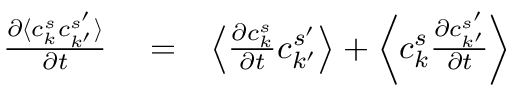
\begin{array} { r l r } { \frac { \partial \langle c _ { k } ^ { s } c _ { k ^ { \prime } } ^ { s ^ { \prime } } \rangle } { \partial t } } & { { } = } & { \left\langle \frac { \partial c _ { k } ^ { s } } { \partial t } c _ { k ^ { \prime } } ^ { s ^ { \prime } } \right\rangle + \left\langle c _ { k } ^ { s } \frac { \partial c _ { k ^ { \prime } } ^ { s ^ { \prime } } } { \partial t } \right\rangle } \end{array}